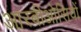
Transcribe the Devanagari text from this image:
आरबीओसियों